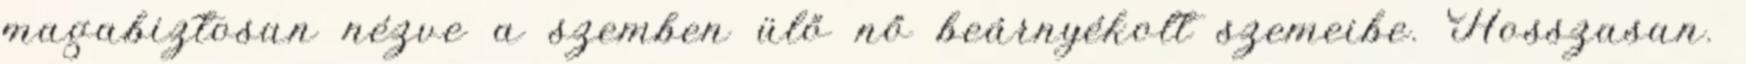
magabiztosan nézve a szemben ülő nő beárnyékolt szemeibe. Hosszasan.